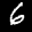
Label: 6